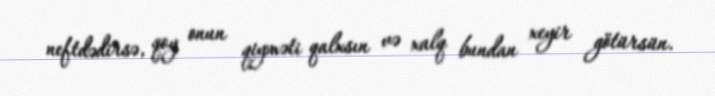
neftdədirsə, qoy onun qiyməti qalxsın və xalq bundan xeyir götürsün.